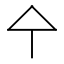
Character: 㐃